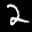
Label: 2